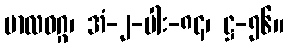
ဗာလဝဂ္ဂ၊ အံ-၂-ပါး-၈၄၊ ဋ္ဌ-၅၆။